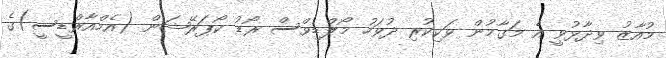
މުއާޒު ވިދާޅުވީ އެ މަގާމުން ވަކިކުރި ދުވަހު މޯލްޑިވްސް ރޯޑު ކޯޕަރޭޝަން (އެމްއާރްޑީސީ)ގެ